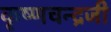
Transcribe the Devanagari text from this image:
कृष्‍णचन्‍द्रजी